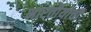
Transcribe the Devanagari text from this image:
भारतीयाची